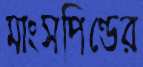
মাংসপিণ্ডের